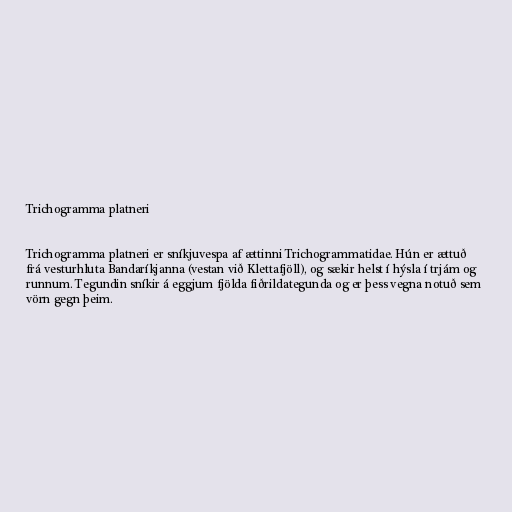
Trichogramma platneri

Trichogramma platneri er sníkjuvespa af ættinni Trichogrammatidae. Hún er ættuð
frá vesturhluta Bandaríkjanna (vestan við Klettafjöll), og sækir helst í hýsla í trjám og
runnum. Tegundin sníkir á eggjum fjölda fiðrildategunda og er þess vegna notuð sem
vörn gegn þeim.